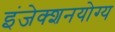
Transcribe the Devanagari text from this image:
इंजेक्शनयोग्य